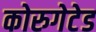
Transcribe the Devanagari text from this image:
कोरुगेटेड